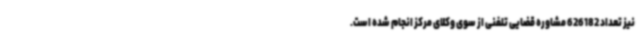
نیز تعداد 626182 مشاوره قضایی تلفنی از سوی وکلای مرکز انجام شده است.